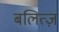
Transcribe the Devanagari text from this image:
बलित्ज़